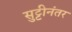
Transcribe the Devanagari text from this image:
सुट्टीनंतर